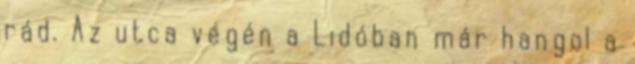
rád. Az utca végén a Lidóban már hangol a